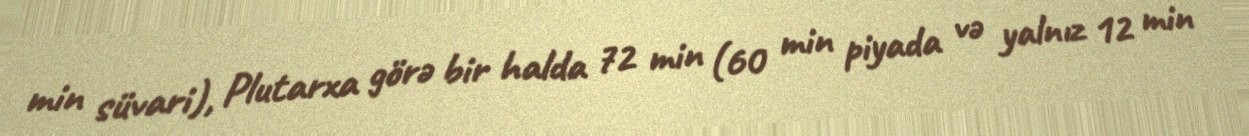
min süvari), Plutarxa görə bir halda 72 min (60 min piyada və yalnız 12 min